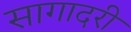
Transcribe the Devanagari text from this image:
सागादरी